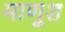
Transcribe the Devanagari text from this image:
माणूश